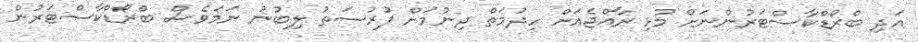
އަދި ބްރޯޑްކާސްޓަރުންނަށް މުޅި ރާއްޖެއަށް ހިދުމަތް ދިނުމަށް ފުރުސަތު ލިބުނު ނަމަވެސް ބްރޯޑްކާސްޓަރުން